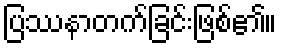
ပြဿနာတက်ခြင်းဖြစ်၏။